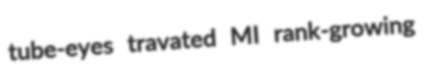
tube-eyes travated MI rank-growing